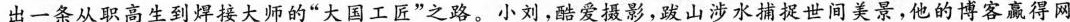
出一条从职高生到焊接大师的”大国工匠”之路。小刘，酷爱摄影，跋山涉水捕捉世间美景，他的博客赢得网